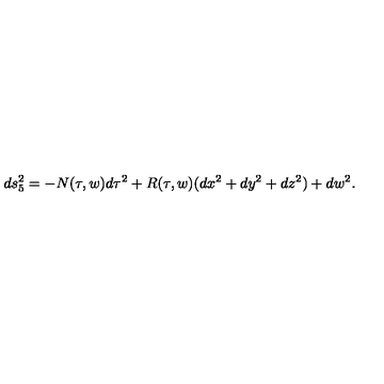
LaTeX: d s _ { 5 } ^ { 2 } = - N ( \tau , w ) d \tau ^ { 2 } + R ( \tau , w ) ( d x ^ { 2 } + d y ^ { 2 } + d z ^ { 2 } ) + d w ^ { 2 } .